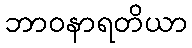
ဘာဝနာရတိယာ